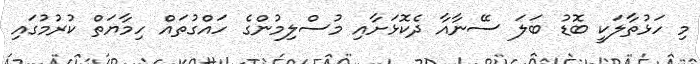
މި ހަޅުތާލަކީ ބޮޑު ބަލަ ސޭނާއާ ދެކޮޅަށާއި މުސްލިމުންގެ ހައްގުތައް ހިމާޔަތް ކުރުމުގައި